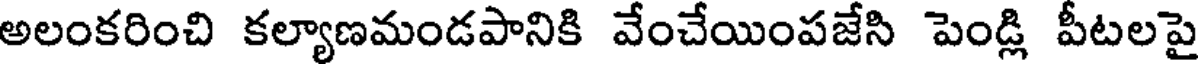
అలంకరించి కల్యాణమండపానికి వేంచేయింపజేసి పెండ్లి పీటలపై